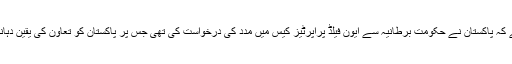
ذرائع کہنا ہے کہ پاکستان نے حکومت برطانیہ سے ایون فیلڈ پراپرٹیز کیس میں مدد کی درخواست کی تھی جس پر پاکستان کو تعاون کی یقین دہانی کرائی گئی۔